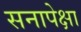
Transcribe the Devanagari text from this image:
सनापेक्षा